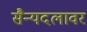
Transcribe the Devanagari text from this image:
सैन्यदलावर